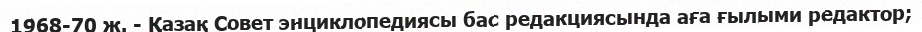
1968-70 ж. - Қазақ Совет энциклопедиясы бас редакциясында аға ғылыми редактор;